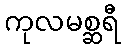
ကုလမစ္ဆရီ